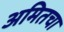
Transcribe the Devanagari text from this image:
अमितचा